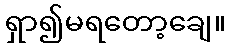
ရှာ၍မရတော့ချေ။